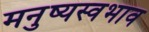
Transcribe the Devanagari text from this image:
मनुष्यस्वभाव